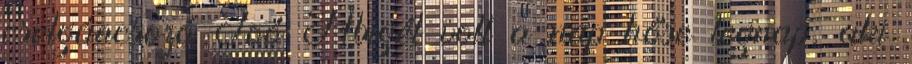
cselgáncsozó Joó Abigél volt a nap hőse tegnap, aki